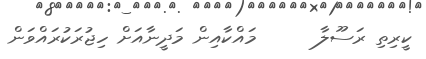
ކީރިތި ރަސޫލާ      މައްކާއިން މަދީނާއަށް ހިޖުރަކުރައްވަން